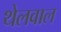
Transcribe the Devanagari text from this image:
थेलवाल